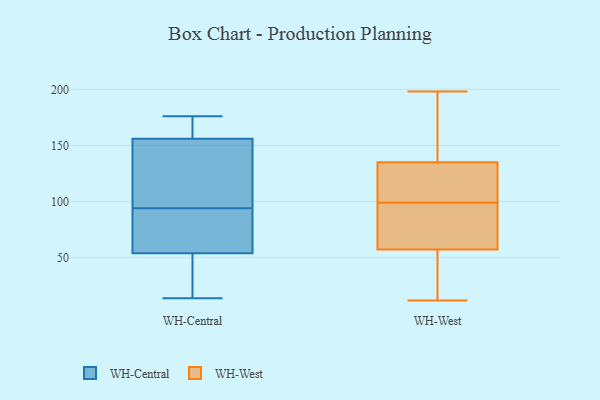
{"axis": {"x": "Temperature (°C)", "y": "Value"}, "legend": ["WH-Central", "WH-West"], "data": [{"x": "", "y": 149, "type": "WH-Central"}, {"x": "", "y": 39, "type": "WH-Central"}, {"x": "", "y": 95, "type": "WH-Central"}, {"x": "", "y": 93, "type": "WH-Central"}, {"x": "", "y": 84, "type": "WH-Central"}, {"x": "", "y": 156, "type": "WH-Central"}, {"x": "", "y": 119, "type": "WH-Central"}, {"x": "", "y": 14, "type": "WH-Central"}, {"x": "", "y": 176, "type": "WH-Central"}, {"x": "", "y": 14, "type": "WH-Central"}, {"x": "", "y": 54, "type": "WH-Central"}, {"x": "", "y": 71, "type": "WH-Central"}, {"x": "", "y": 164, "type": "WH-Central"}, {"x": "", "y": 175, "type": "WH-Central"}, {"x": "", "y": 14, "type": "WH-West"}, {"x": "", "y": 113, "type": "WH-West"}, {"x": "", "y": 70, "type": "WH-West"}, {"x": "", "y": 103, "type": "WH-West"}, {"x": "", "y": 53, "type": "WH-West"}, {"x": "", "y": 142, "type": "WH-West"}, {"x": "", "y": 162, "type": "WH-West"}, {"x": "", "y": 73, "type": "WH-West"}, {"x": "", "y": 198, "type": "WH-West"}, {"x": "", "y": 99, "type": "WH-West"}, {"x": "", "y": 85, "type": "WH-West"}, {"x": "", "y": 167, "type": "WH-West"}, {"x": "", "y": 12, "type": "WH-West"}, {"x": "", "y": 13, "type": "WH-West"}, {"x": "", "y": 114, "type": "WH-West"}]}